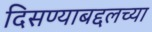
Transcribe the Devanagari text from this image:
दिसण्याबद्दलच्या